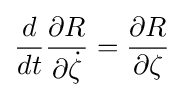
{\frac {d}{dt}}{\frac {\partial R}{\partial {\dot {\zeta }}}}={\frac {\partial R}{\partial \zeta }}